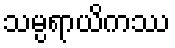
သမ္ပရာယိကဿ